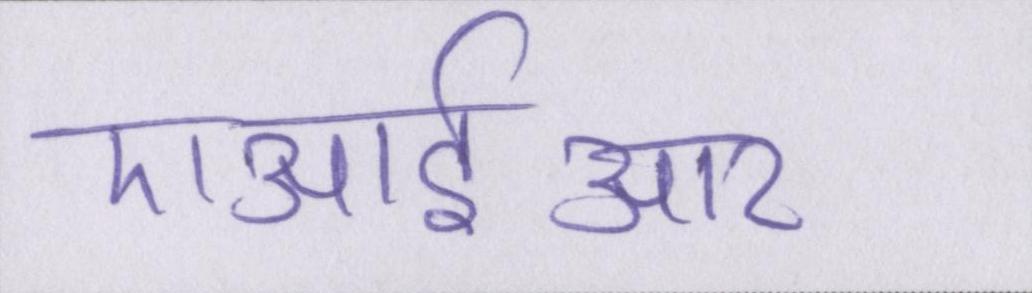
एआईआर